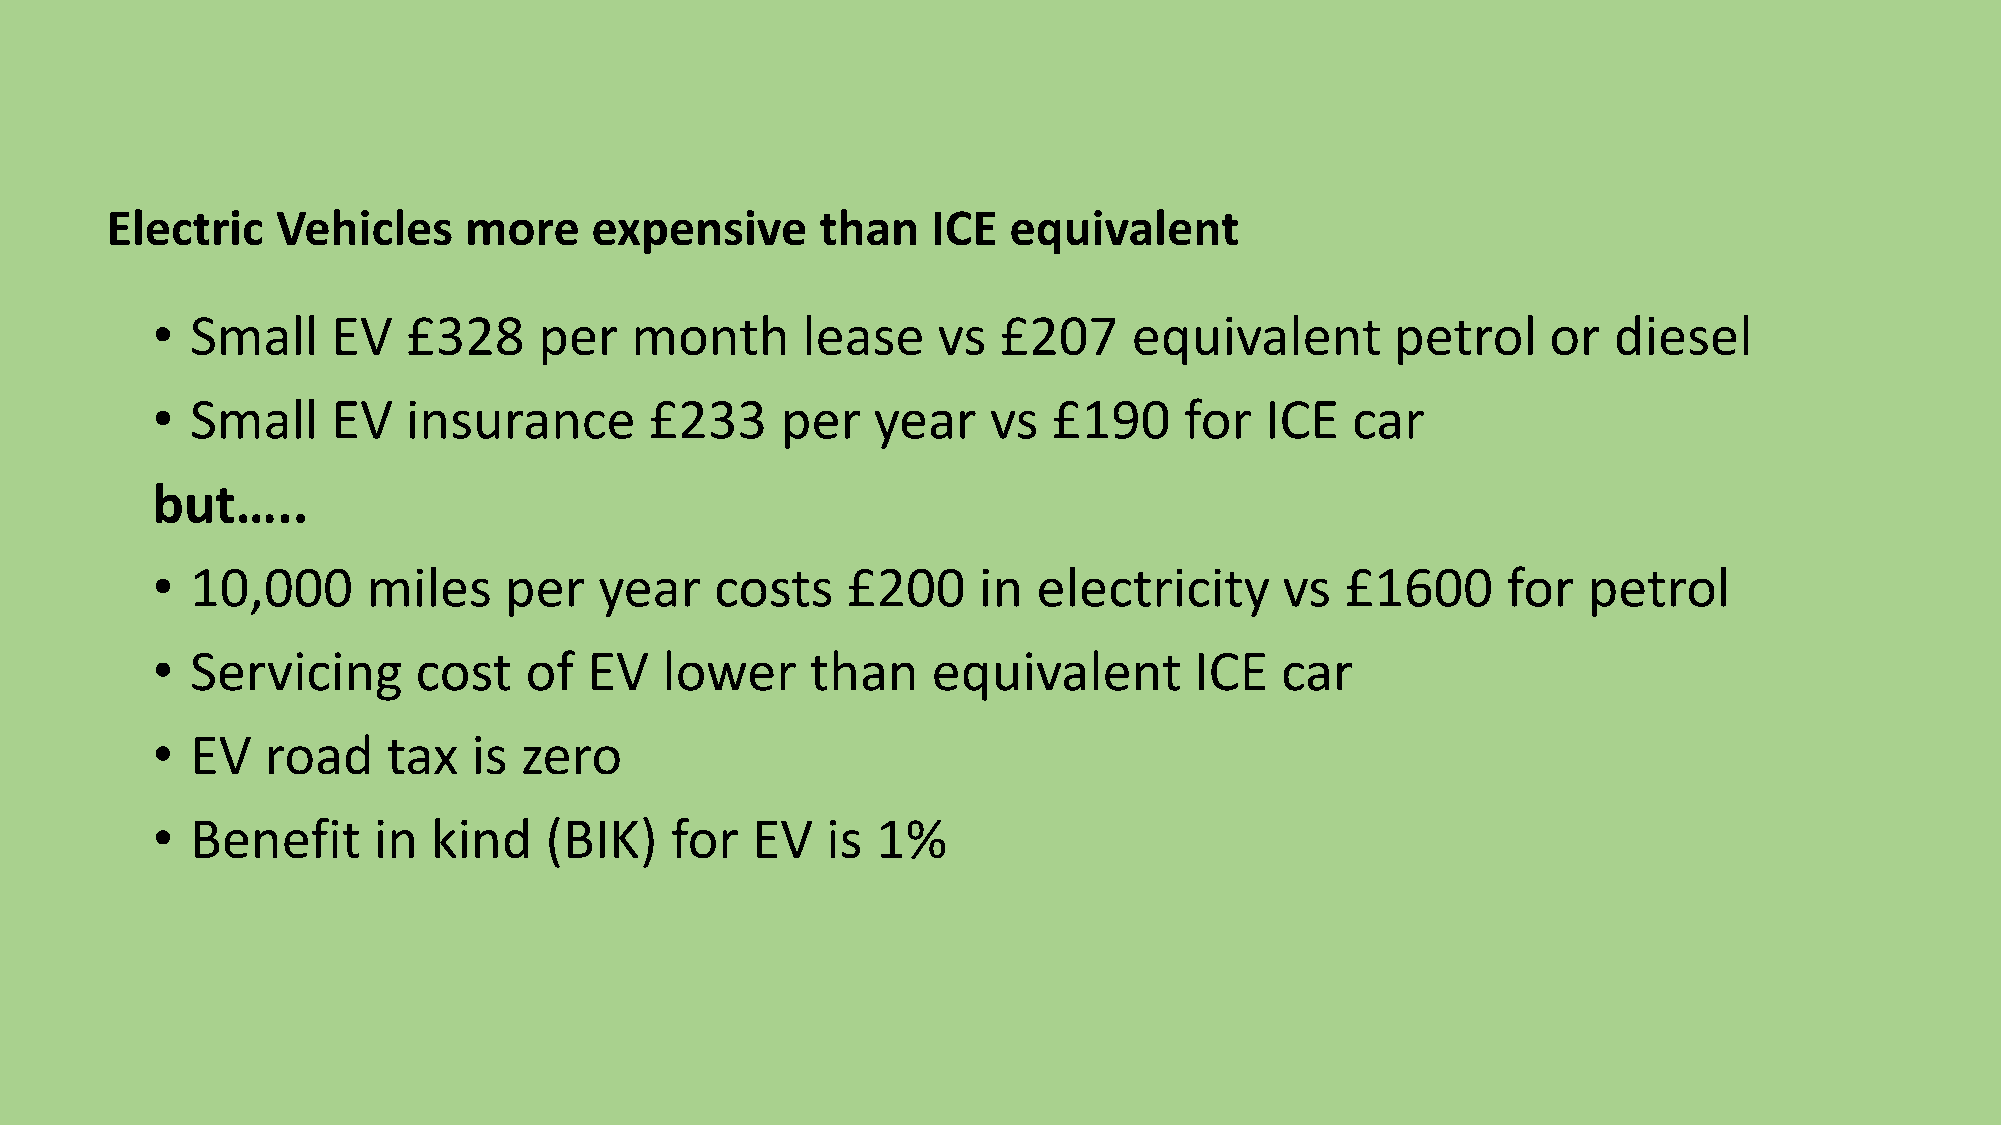
Electric   Vehicles     more    expensive      than    ICE  equivalent
 •  Small    EV   £328     per   month      lease    vs  £207     equivalent       petrol     or  diesel
 •  Small    EV   insurance       £233     per   year    vs  £190    for   ICE  car
 but…..
 •  10,000     miles    per    year   costs    £200     in  electricity     vs  £1600      for  petrol
 •  Servicing      cost   of  EV   lower     than    equivalent       ICE   car
 •  EV   road    tax  is zero
 •  Benefit     in  kind   (BIK)   for   EV   is 1%